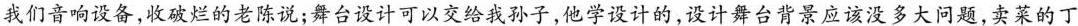
我们音响设备，收破烂的老陈说；舞台设计可以交给我孙子，他学设计的，设计舞台背景应该没多大问题，卖菜的丁